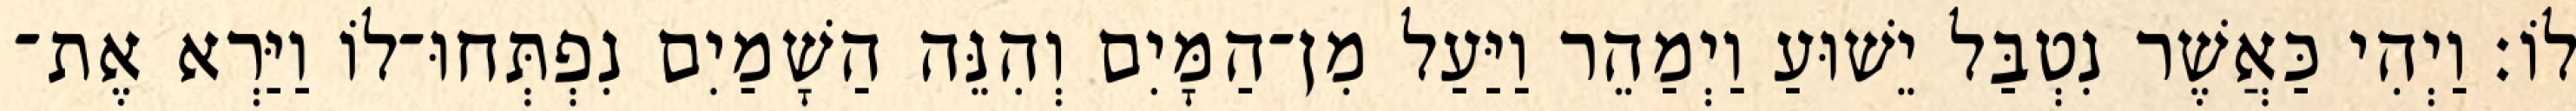
לוֹ׃ וַיְהִי כַּאֲשֶׁר נִטְבַּל יֵשׁוּעַ וַיְמַהֵר וַיַּעַל מִן־הַמָּיִם וְהִנֵּה הַשָׁמַיִם נִפְתְּחוּ־לוֹ וַיַּרְא אֶת־